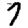
Digit: 7